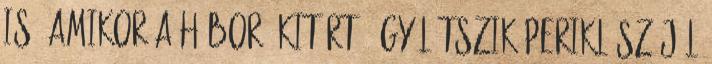
is, amikor a háború kitört, úgy látszik Periklész jól